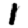
Digit: 1